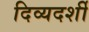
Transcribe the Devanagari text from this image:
दिव्‍यदर्शी